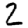
Digit: 2